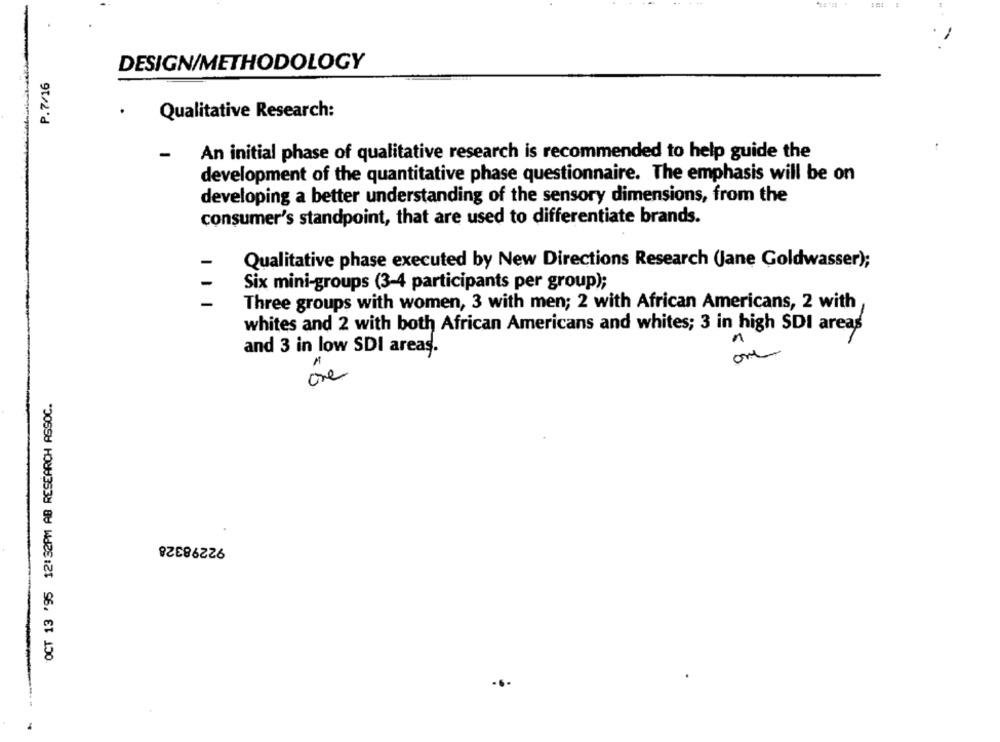
DESIGN/METHODOLOGY
P.7/16
.
Qualitative Research:
-
An initial phase of qualitative research is recommended to help guide the
development of the quantitative phase questionnaire. The emphasis will be on
developing a better understanding of the sensory dimensions, from the
consumer's standpoint, that are used to differentiate brands.
Qualitative phase executed by New Directions Research (Jane Goldwasser);
Six mini-groups (3-4 participants per group);
-
Three groups with women, 3 with men; 2 with African Americans, 2 with
whites and 2 with both African Americans and whites; 3 in high SDI areas
and 3 in low SDI areas.
are
OCT 13 '95 12:32PM AB RESEARCH ASSOC.
92298328